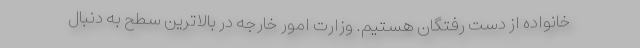
خانواده از دست رفتگان هستیم. وزارت امور خارجه در بالاترین سطح به دنبال